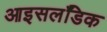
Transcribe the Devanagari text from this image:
आइसलॅंडिक